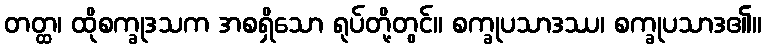
တတ္ထ၊ ထိုစက္ခုဒသက အစရှိသော ရုပ်တို့တွင်။ စက္ခုပသာဒဿ၊ စက္ခုပသာဒ၏။